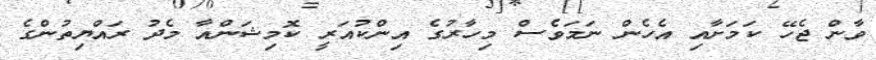
ވާން ޖެހޭ ކަމަށާއި އެހެން ނަމަވެސް މިހާރުގެ އިންކުއަރީ ކޮމިޝަންއާ މެދު ރައްޔިތުންގެ